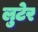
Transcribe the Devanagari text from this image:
लुटेर